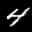
Label: 4